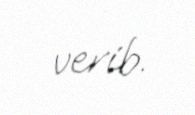
verib.